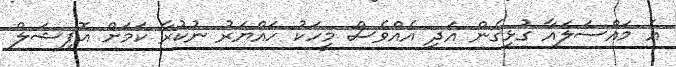
އެ މައްސަލައާ ގުޅިގެން އަދި އެއްވެސް މީހަކު ހައްޔަރު ނުކުރާ ކަމަށް އޮފިޝަލް